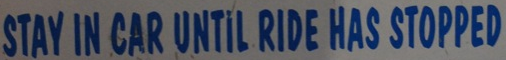
STAY IN CAR UNTIL RIDE HAS STOPPED